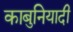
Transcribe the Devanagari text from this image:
काबुनियादी